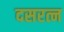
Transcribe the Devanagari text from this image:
दसरत्न